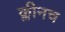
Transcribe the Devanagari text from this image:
क्लीनच